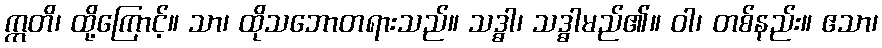
ဣတိ၊ ထို့ကြောင့်။ သာ၊ ထိုသဘောတရားသည်။ သဒ္ဓါ၊ သဒ္ဓါမည်၏။ ဝါ၊ တစ်နည်း။ ဧသာ၊